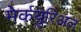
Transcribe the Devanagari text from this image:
मेर्कयुरिअल